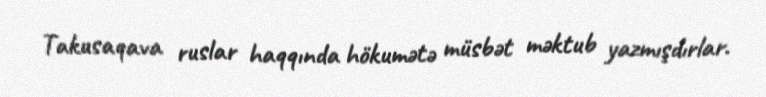
Takusaqava ruslar haqqında hökumətə müsbət məktub yazmışdırlar.